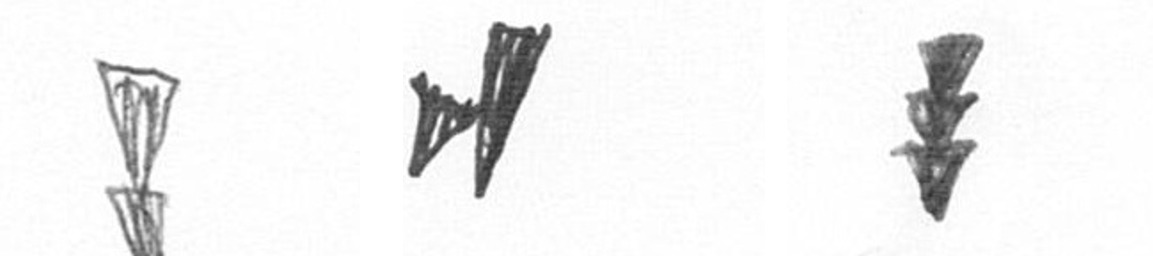
Z M E